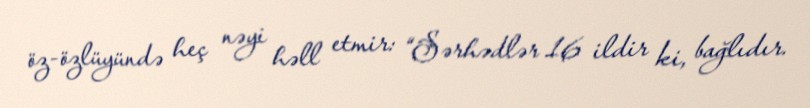
öz-özlüyündə heç nəyi həll etmir: “Sərhədlər 16 ildir ki, bağlıdır.